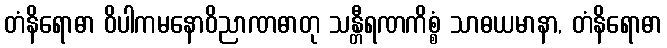
တံနိရောဓာ ဝိပါကမနောဝိညာဏဓာတု သန္တီရဏကိစ္စံ သာဓယမာနာ, တံနိရောဓာ